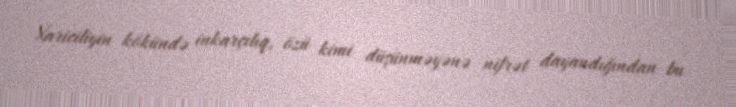
Xariciliyin kökündə inkarçılıq, özü kimi düşünməyənə nifrət dayandığından bu